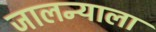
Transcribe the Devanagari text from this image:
जालन्याला